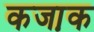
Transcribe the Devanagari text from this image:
कजा़क